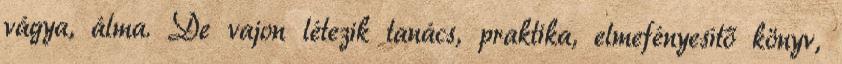
vágya, álma. De vajon létezik tanács, praktika, elmefényesítő könyv,